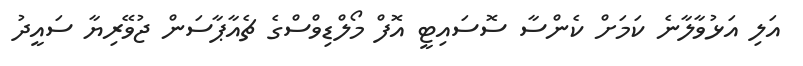
އަލި އަޅުވާލާނެ ކަމަށް ކެންސާ ސޮސައިޓީ އޮފް މޯލްޑިވްސްގެ ޗެއާޕާސަން ޖުވޭރިޔާ ސައީދު